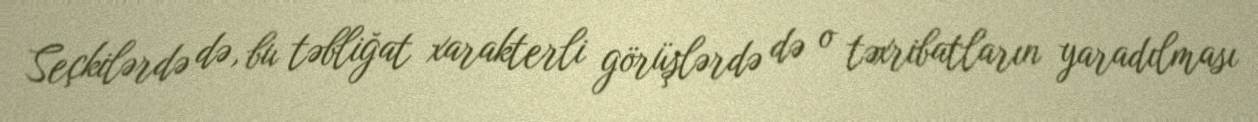
Seçkilərdə də, bu təbliğat xarakterli görüşlərdə də o təxribatların yaradılması